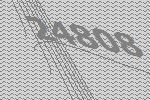
24808